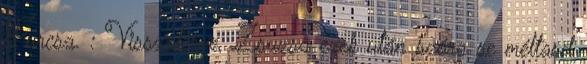
Furcsa. : Visszatérve, Zsuzsa ezek után szóra se méltasd